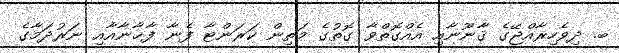
ބ. ދިވެހިރާއްޖޭގެ ޤާނޫނާއި އެއްގޮތްވާ ގޮތުގެ މަތިން ކަރަންޓާ ފެނާ ފާޚާނާއާއި ނަރުދަމާގެ